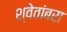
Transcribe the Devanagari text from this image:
श्वेतांबरा